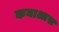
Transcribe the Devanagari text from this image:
कयाआस